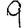
Digit: 9